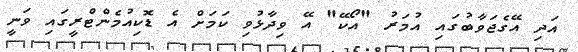
އަދި އޭގެޖަވާބުގައި އުމަރު "އޯކޭ" އޭ ވިދާޅުވި ކަމަށް އެ ޑޮކިއުމެންޓްރީގައި ވަނީ